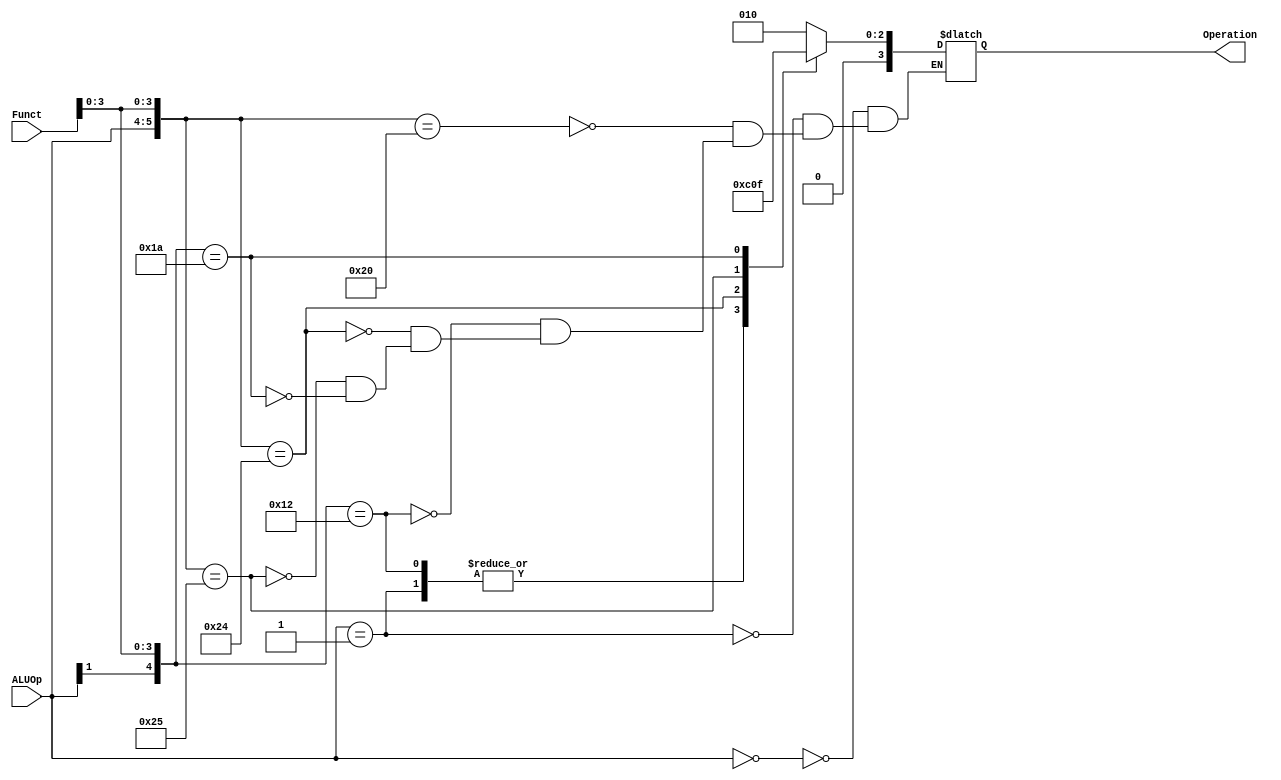
module alucontrol(ALUOp,Funct,Operation);
   input [1:0] ALUOp;
   input [5:0] Funct;
   output reg [3:0] Operation;
   wire [7:0]    y;
   
   assign y = {ALUOp,Funct};
   
   always @(*)
     casez (y)
       8'b00?????? : Operation = 4'b0010;
       8'b01?????? : Operation = 4'b0110;
       8'b10??0000 : Operation = 4'b0010;
       8'b1???0010 : Operation = 4'b0110;
       8'b10??0100 : Operation = 4'b0000;
       8'b10??0101 : Operation = 4'b0001;
       8'b1???1010 : Operation = 4'b0111;
     endcase // casez (y)
endmodule // alucontrol